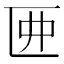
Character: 𠥲